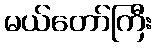
မယ်တော်ကြီး